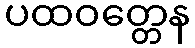
ပထဝတ္တေန